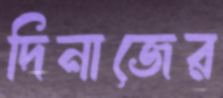
দিনাজের